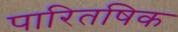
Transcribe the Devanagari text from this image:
पारितषिक